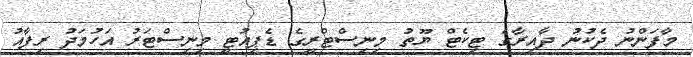
މާފަންނު ދެކުނު ދާއިރާގެ ޓިކެޓް ޔޫތު މިނިސްޓްރީގެ ޑެޕިއުޓީ މިނިސްޓަރު އަހުމަދު ރިފާއު